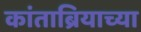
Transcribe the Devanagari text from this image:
कांताब्रियाच्या